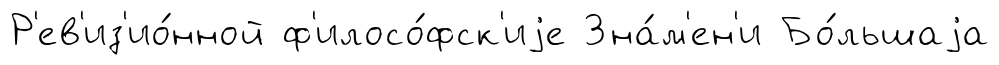
Р'ев'из'ио́нной ф'илосо́фск'иjе Зна́м'ен'и Бо́льшаjа